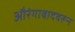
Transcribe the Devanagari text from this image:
औरंगाबादवरून